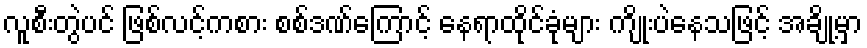
လူစီးတွဲပင် ဖြစ်လင့်ကစား စစ်ဒဏ်ကြောင့် နေရာထိုင်ခုံများ ကျိုးပဲနေသဖြင့် အချို့မှာ